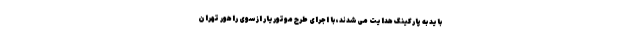
باید به پارکینگ هدایت می‌شدند، با اجرای طرح موتوریار ازسوی راهور تهران